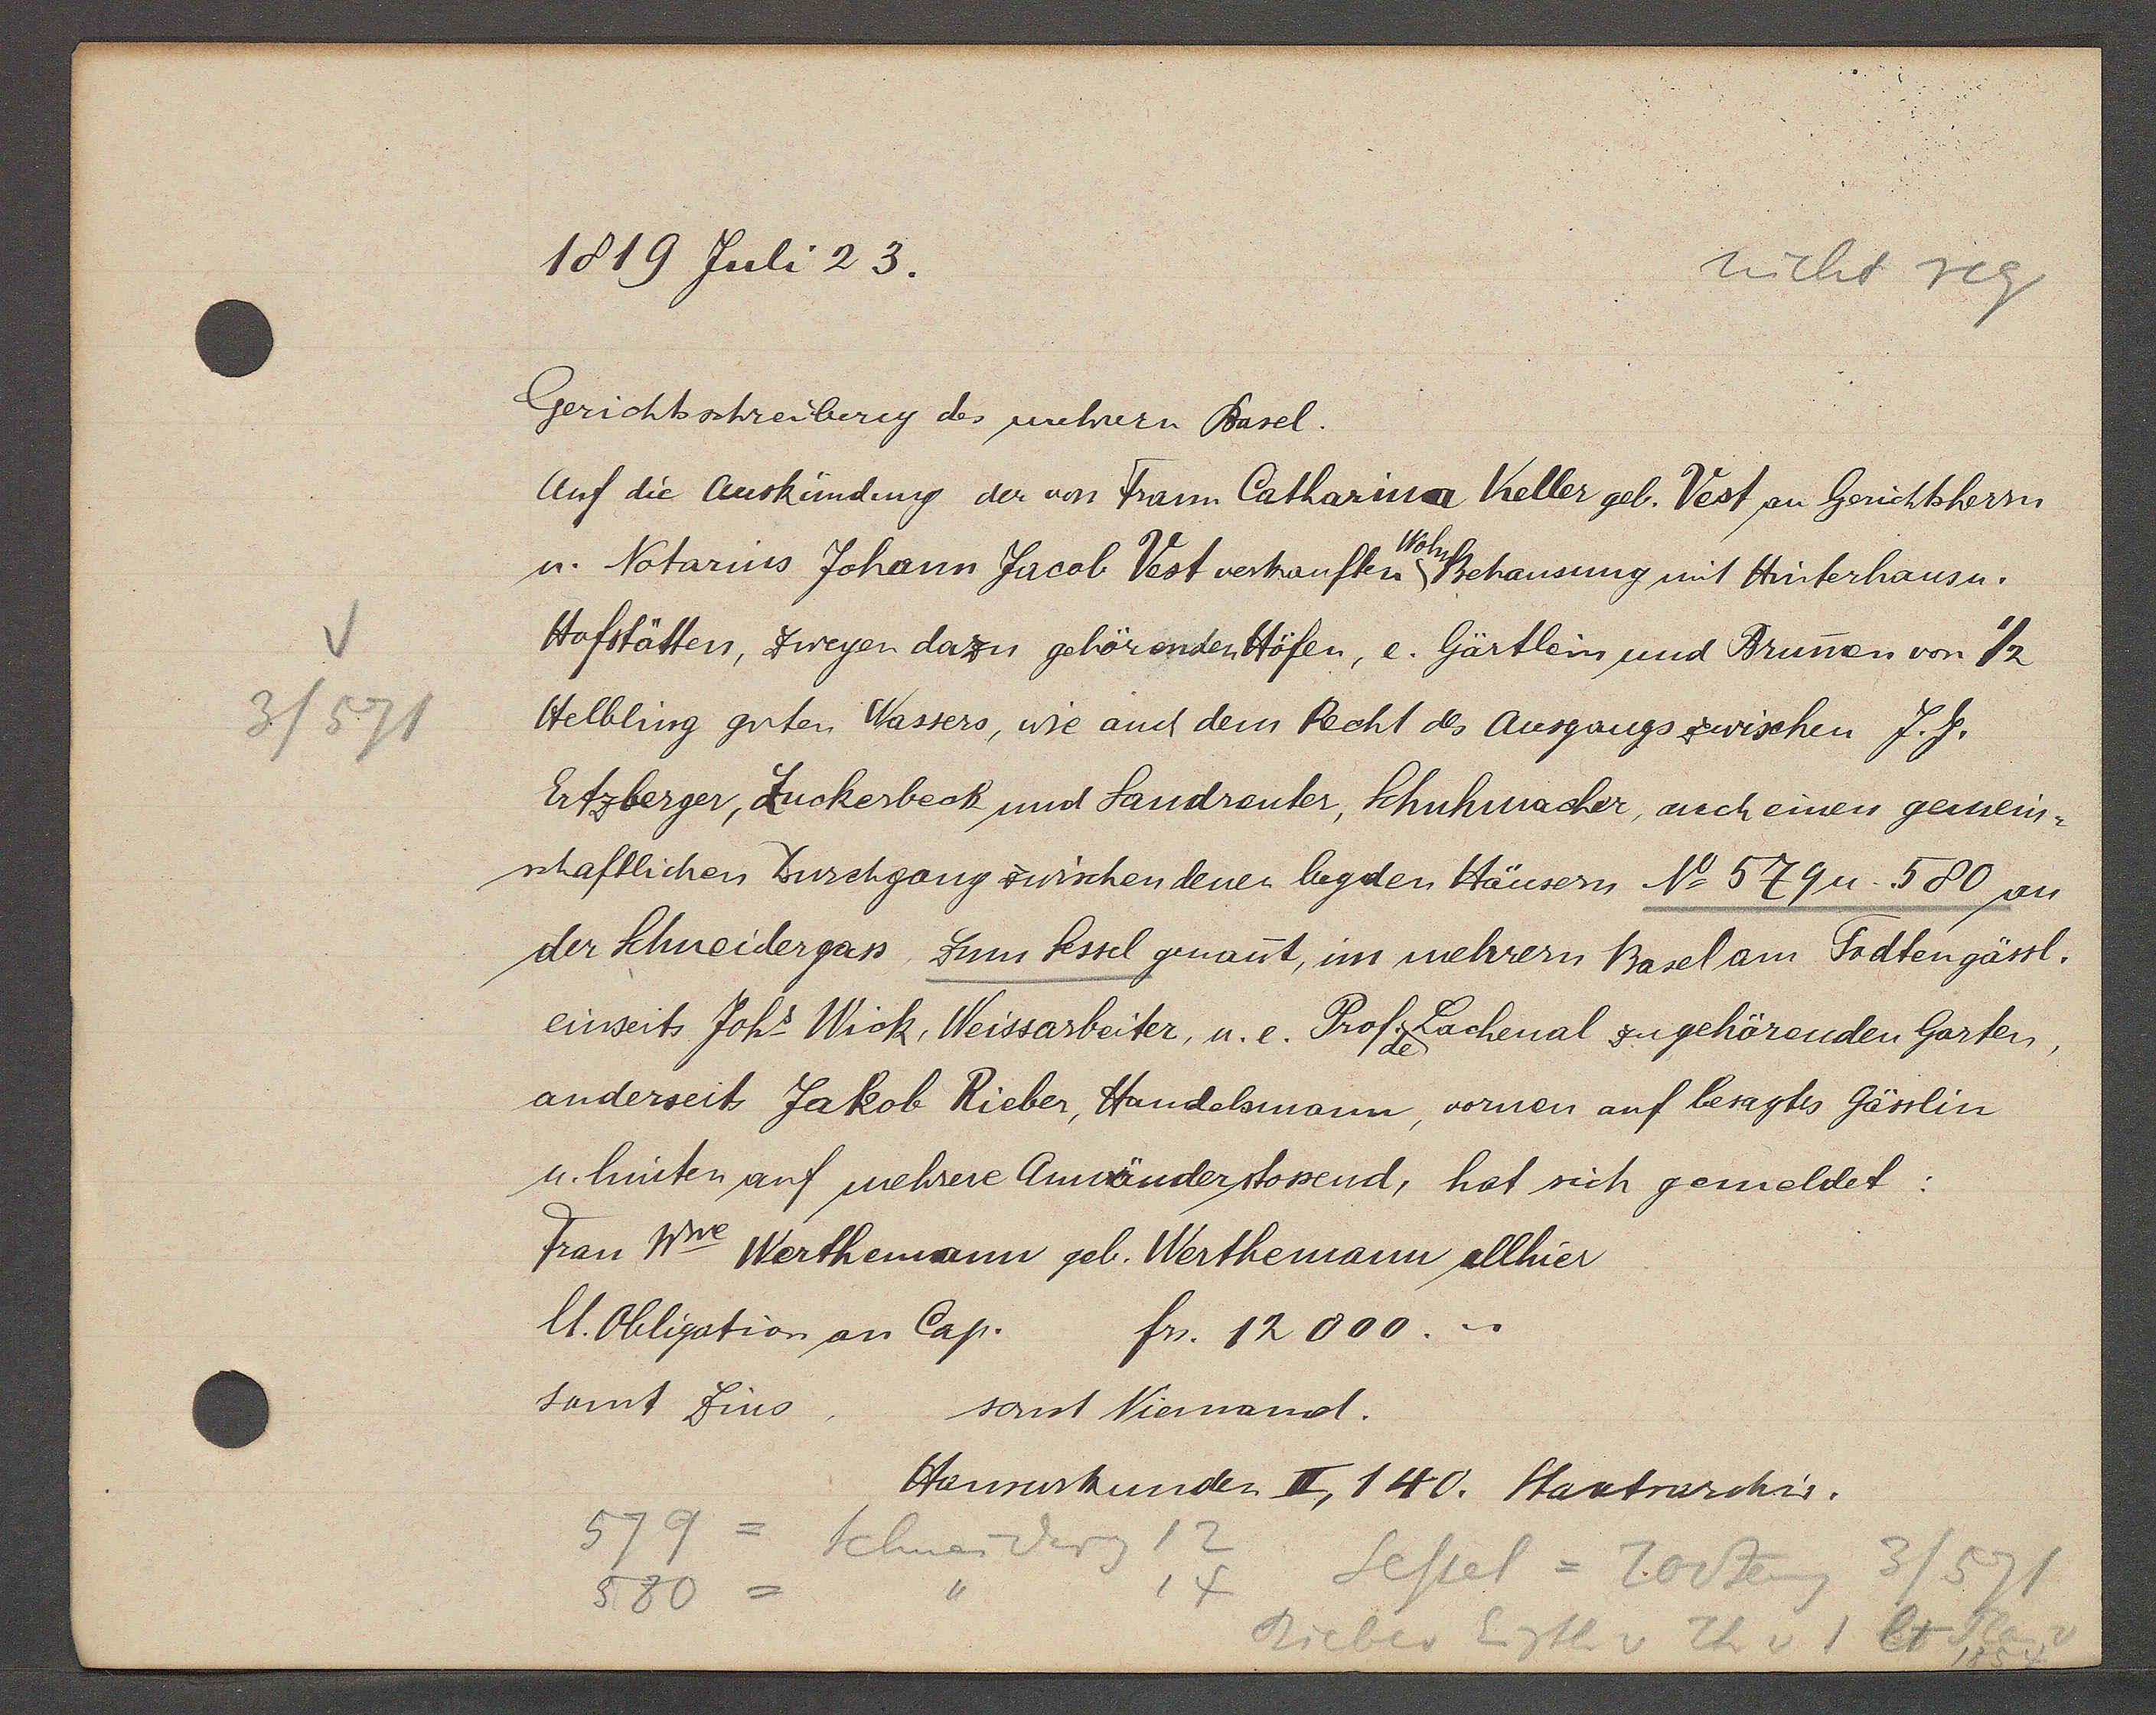
Transcript:
3/571

1819 Juli 23.

Gerichtsschreiberey des mehrern Basel.
Auf die Auskündung der von Frau Catharina Keller geb. Vest an Gerichtsherrn
u. Notarius Johann Jacob Vest verkauften Behausung mit Hinterhaus u.
Hofstätten, zweyen dazu gehörenden Höfen, e. Gärtlein und Brumen von 1/2
Helbling guten Wassers, wie auch dem Recht des Ausgangs zwischen J.J.
Ertzberger, Zuckerbeck und handreuter, Schuhmacher, auch einen gemein¬
schaftlichen Durchgang zwischen denen beyden Häusern No 579 u. 580 an
der Schneidergass zum kessel genant, im mehrern Basel am Todtengässl.
einseits Joh Wick, Weissarbeiter, u. e. Prof. Lachenal zugehörenden Garten,
anderseits Jakob Rieber, Handelsmann, vornen auf besagtes Gässlin
u. hinten auf mehrere Anwänder stossend, hat sich gemeldet:
Frau Wwe Werthemann geb. Werthemann allhier
lt. Obligation an Cap.
fr. 12000.
samt Zins
sonst Niemand.

Hausurkunden II, 140. Staatsarchiv.

579 =
Schneiderg 12
14 Sessel = Todteng
3/571
580=
Rieber Eigth v Th v 1 lt Plan 2